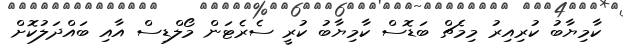
ކާމިޔާބު ކުރިއިރު މިމެޗް ބަޑޮސް ކާމިޔާބު ކުރީ ސެރެޓަން މޯލްޑިސް އާއި ބައްދަލުކޮށް